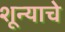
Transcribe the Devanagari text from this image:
शून्याचे